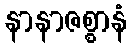
နာနာဇစ္စာနံ